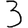
Digit: 3